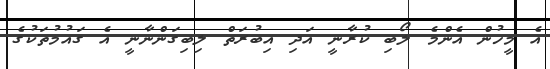
އެ މީހުން އެންމެ ލޯބި ކުރާނީ އަދި އިބުރަތް ލިބިގަންނާނީ އެ ގައުމުތަކުގެ